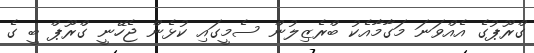
ގްރޫޕުގެ އެއްވަނަ މަގާމާއެކު ބްރެޒިލުން ސެމީގައި ކުޅެން ޖެހޭނީ ގްރޫޕް ބީ ގެ